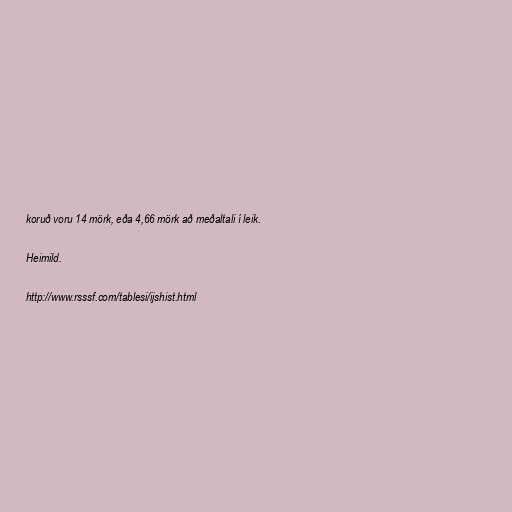
koruð voru 14 mörk, eða 4,66 mörk að meðaltali í leik.

Heimild.

http://www.rsssf.com/tablesi/ijshist.html